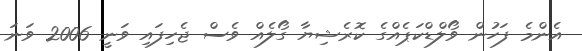
އެންމެ ފަހުން ވޯލްޑްކަޕެއްގެ ކޮރެޝިޔާ ގޯލެއް ވެސް ޖެހިފައި ވަނީ 2006 ވަނަ